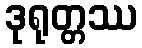
ဒုရုတ္တဿ